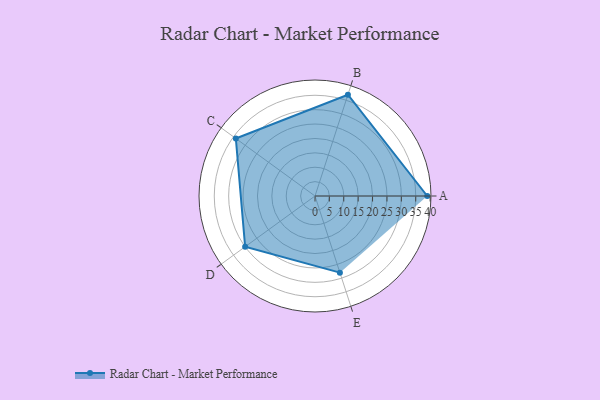
{"axis": {"x": "Skill", "y": "Score"}, "legend": ["Profile"], "data": [{"x": "A", "y": 39.0, "type": "Profile"}, {"x": "B", "y": 37.0, "type": "Profile"}, {"x": "C", "y": 34.0, "type": "Profile"}, {"x": "D", "y": 30.0, "type": "Profile"}, {"x": "E", "y": 28.0, "type": "Profile"}]}